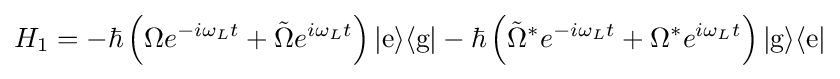
H_{1}=-\hbar \left(\Omega e^{-i\omega _{L}t}+{\tilde {\Omega }}e^{i\omega _{L}t}\right)|{\text{e}}\rangle \langle {\text{g}}|-\hbar \left({\tilde {\Omega }}^{*}e^{-i\omega _{L}t}+\Omega ^{*}e^{i\omega _{L}t}\right)|{\text{g}}\rangle \langle {\text{e}}|